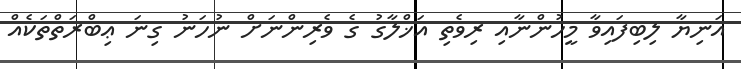
އަނިޔާ ލިބިފައިވާ މީހުންނާއި ރިވެތި އަޚްލާގު ގެ ވެރިންނަށް ނުހަނު ގިނަ ޢިބްރަތްތަކެއް